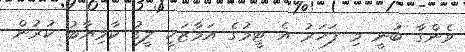
ވެންގާ ބުނީ މި ފަހަރު އެ ޓީމުގެ އަމާޒަކީ ލީގު ކާމިޔާބު ކުރުން